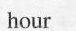
hour